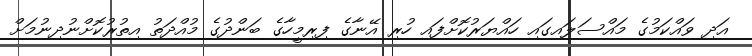
އަދި ވައްކަމުގެ މައްސަލައިގައި ހައްޔަރުކޮށްފައި ހުރި އޭނާގެ ފިރިމީހާގެ ބަންދުގެ މުއްދަތު އިތުރުކޮށްނުދިނުމަށް